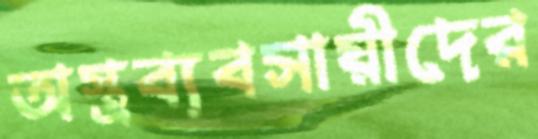
অস্ত্রব্যবসায়ীদের